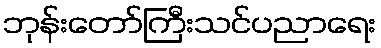
ဘုန်းတော်ကြီးသင်ပညာရေး